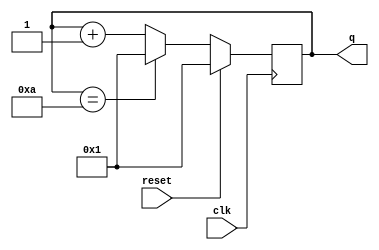
module top_module (
    input 				clk		,	//
    input 				reset	,   //
    output reg 	[3:0] 	q			//
);
// 
always@(posedge clk)begin
    if(reset) q<=3'b001;
    else if(q==10) q<=3'b001;
    else q<=q+1;
end


// 
endmodule